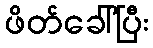
ဖိတ်ခေါ်ပြီး